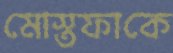
মোস্তফাকে